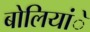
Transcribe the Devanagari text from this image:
बोलियांे